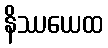
နိဿယေထ